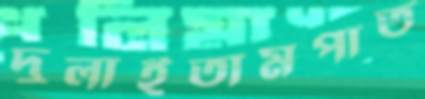
দুলাইতামপাত